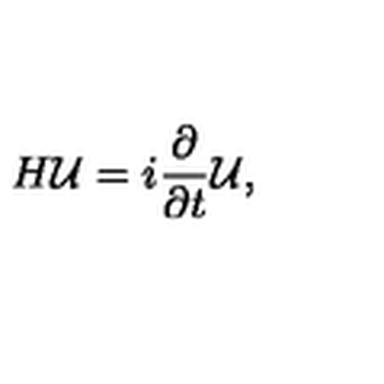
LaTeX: H { \cal U } = i { \frac { \partial } { \partial t } } { \cal U } ,